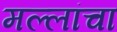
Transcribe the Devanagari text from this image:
मल्लांचा